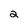
Character: 2